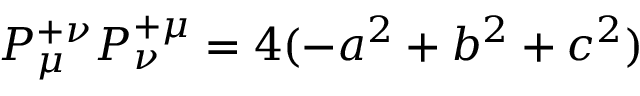
P _ { \mu } ^ { + \nu } P _ { \nu } ^ { + \mu } = 4 ( - a ^ { 2 } + b ^ { 2 } + c ^ { 2 } )